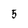
Character: 5